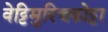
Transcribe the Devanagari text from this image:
वेट्टिमुरिच्चकोट्टा